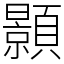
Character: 顥